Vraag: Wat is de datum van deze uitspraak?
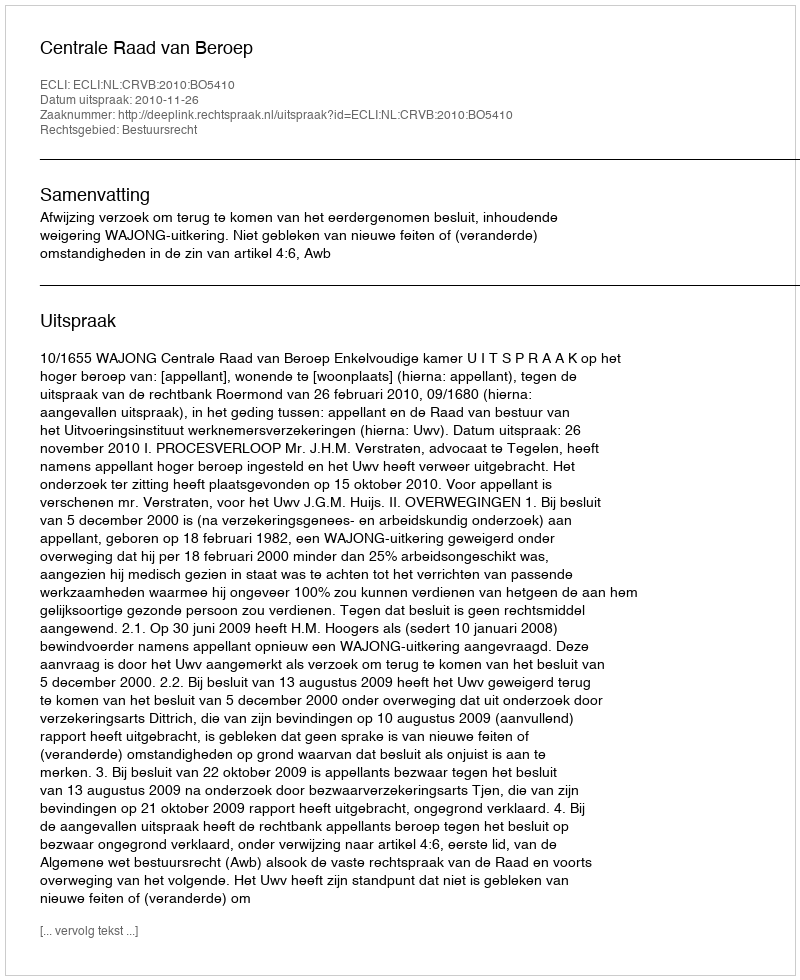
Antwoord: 2010-11-26